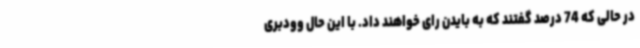
در حالی که 74 درصد گفتند که به بایدن رای خواهند داد. با این حال وودبری